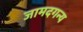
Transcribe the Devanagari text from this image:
जामदगन्य